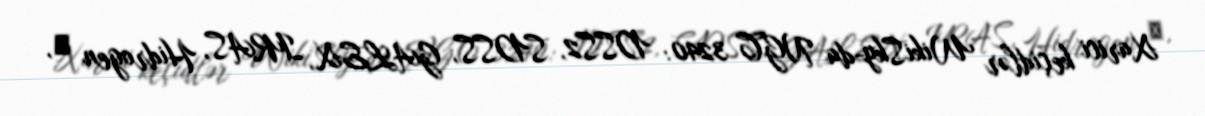
Xarici keçidlər WikiSky-da NGC 3240: DSS2, SDSS, GALEX, IRAS, Hidrogen α,